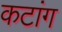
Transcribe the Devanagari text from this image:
कटांग